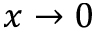
x \rightarrow 0